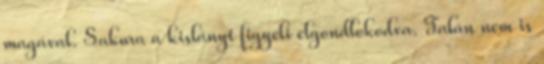
magával. Sakura a kislányt figyeli elgondlokodva. Talán nem is